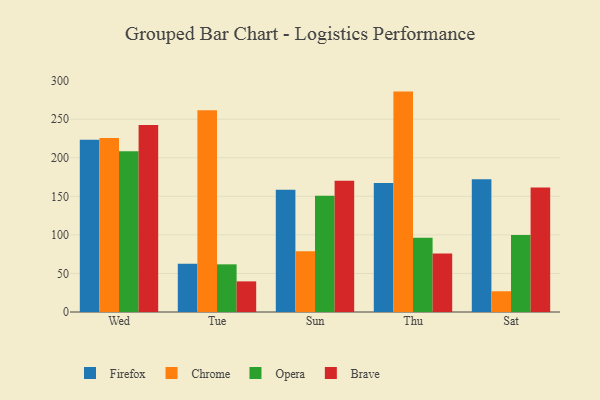
{"axis": {"x": "Day", "y": "Customer Acquisition Cost (USD)"}, "legend": ["Brave", "Chrome", "Firefox", "Opera"], "data": [{"x": "Wed", "y": 223.3, "type": "Firefox"}, {"x": "Wed", "y": 225.7, "type": "Chrome"}, {"x": "Wed", "y": 208.5, "type": "Opera"}, {"x": "Wed", "y": 242.6, "type": "Brave"}, {"x": "Tue", "y": 62.7, "type": "Firefox"}, {"x": "Tue", "y": 261.6, "type": "Chrome"}, {"x": "Tue", "y": 61.8, "type": "Opera"}, {"x": "Tue", "y": 39.7, "type": "Brave"}, {"x": "Sun", "y": 158.6, "type": "Firefox"}, {"x": "Sun", "y": 78.7, "type": "Chrome"}, {"x": "Sun", "y": 150.6, "type": "Opera"}, {"x": "Sun", "y": 170.2, "type": "Brave"}, {"x": "Thu", "y": 167.3, "type": "Firefox"}, {"x": "Thu", "y": 285.8, "type": "Chrome"}, {"x": "Thu", "y": 96.3, "type": "Opera"}, {"x": "Thu", "y": 75.9, "type": "Brave"}, {"x": "Sat", "y": 172.3, "type": "Firefox"}, {"x": "Sat", "y": 26.9, "type": "Chrome"}, {"x": "Sat", "y": 99.9, "type": "Opera"}, {"x": "Sat", "y": 161.6, "type": "Brave"}]}